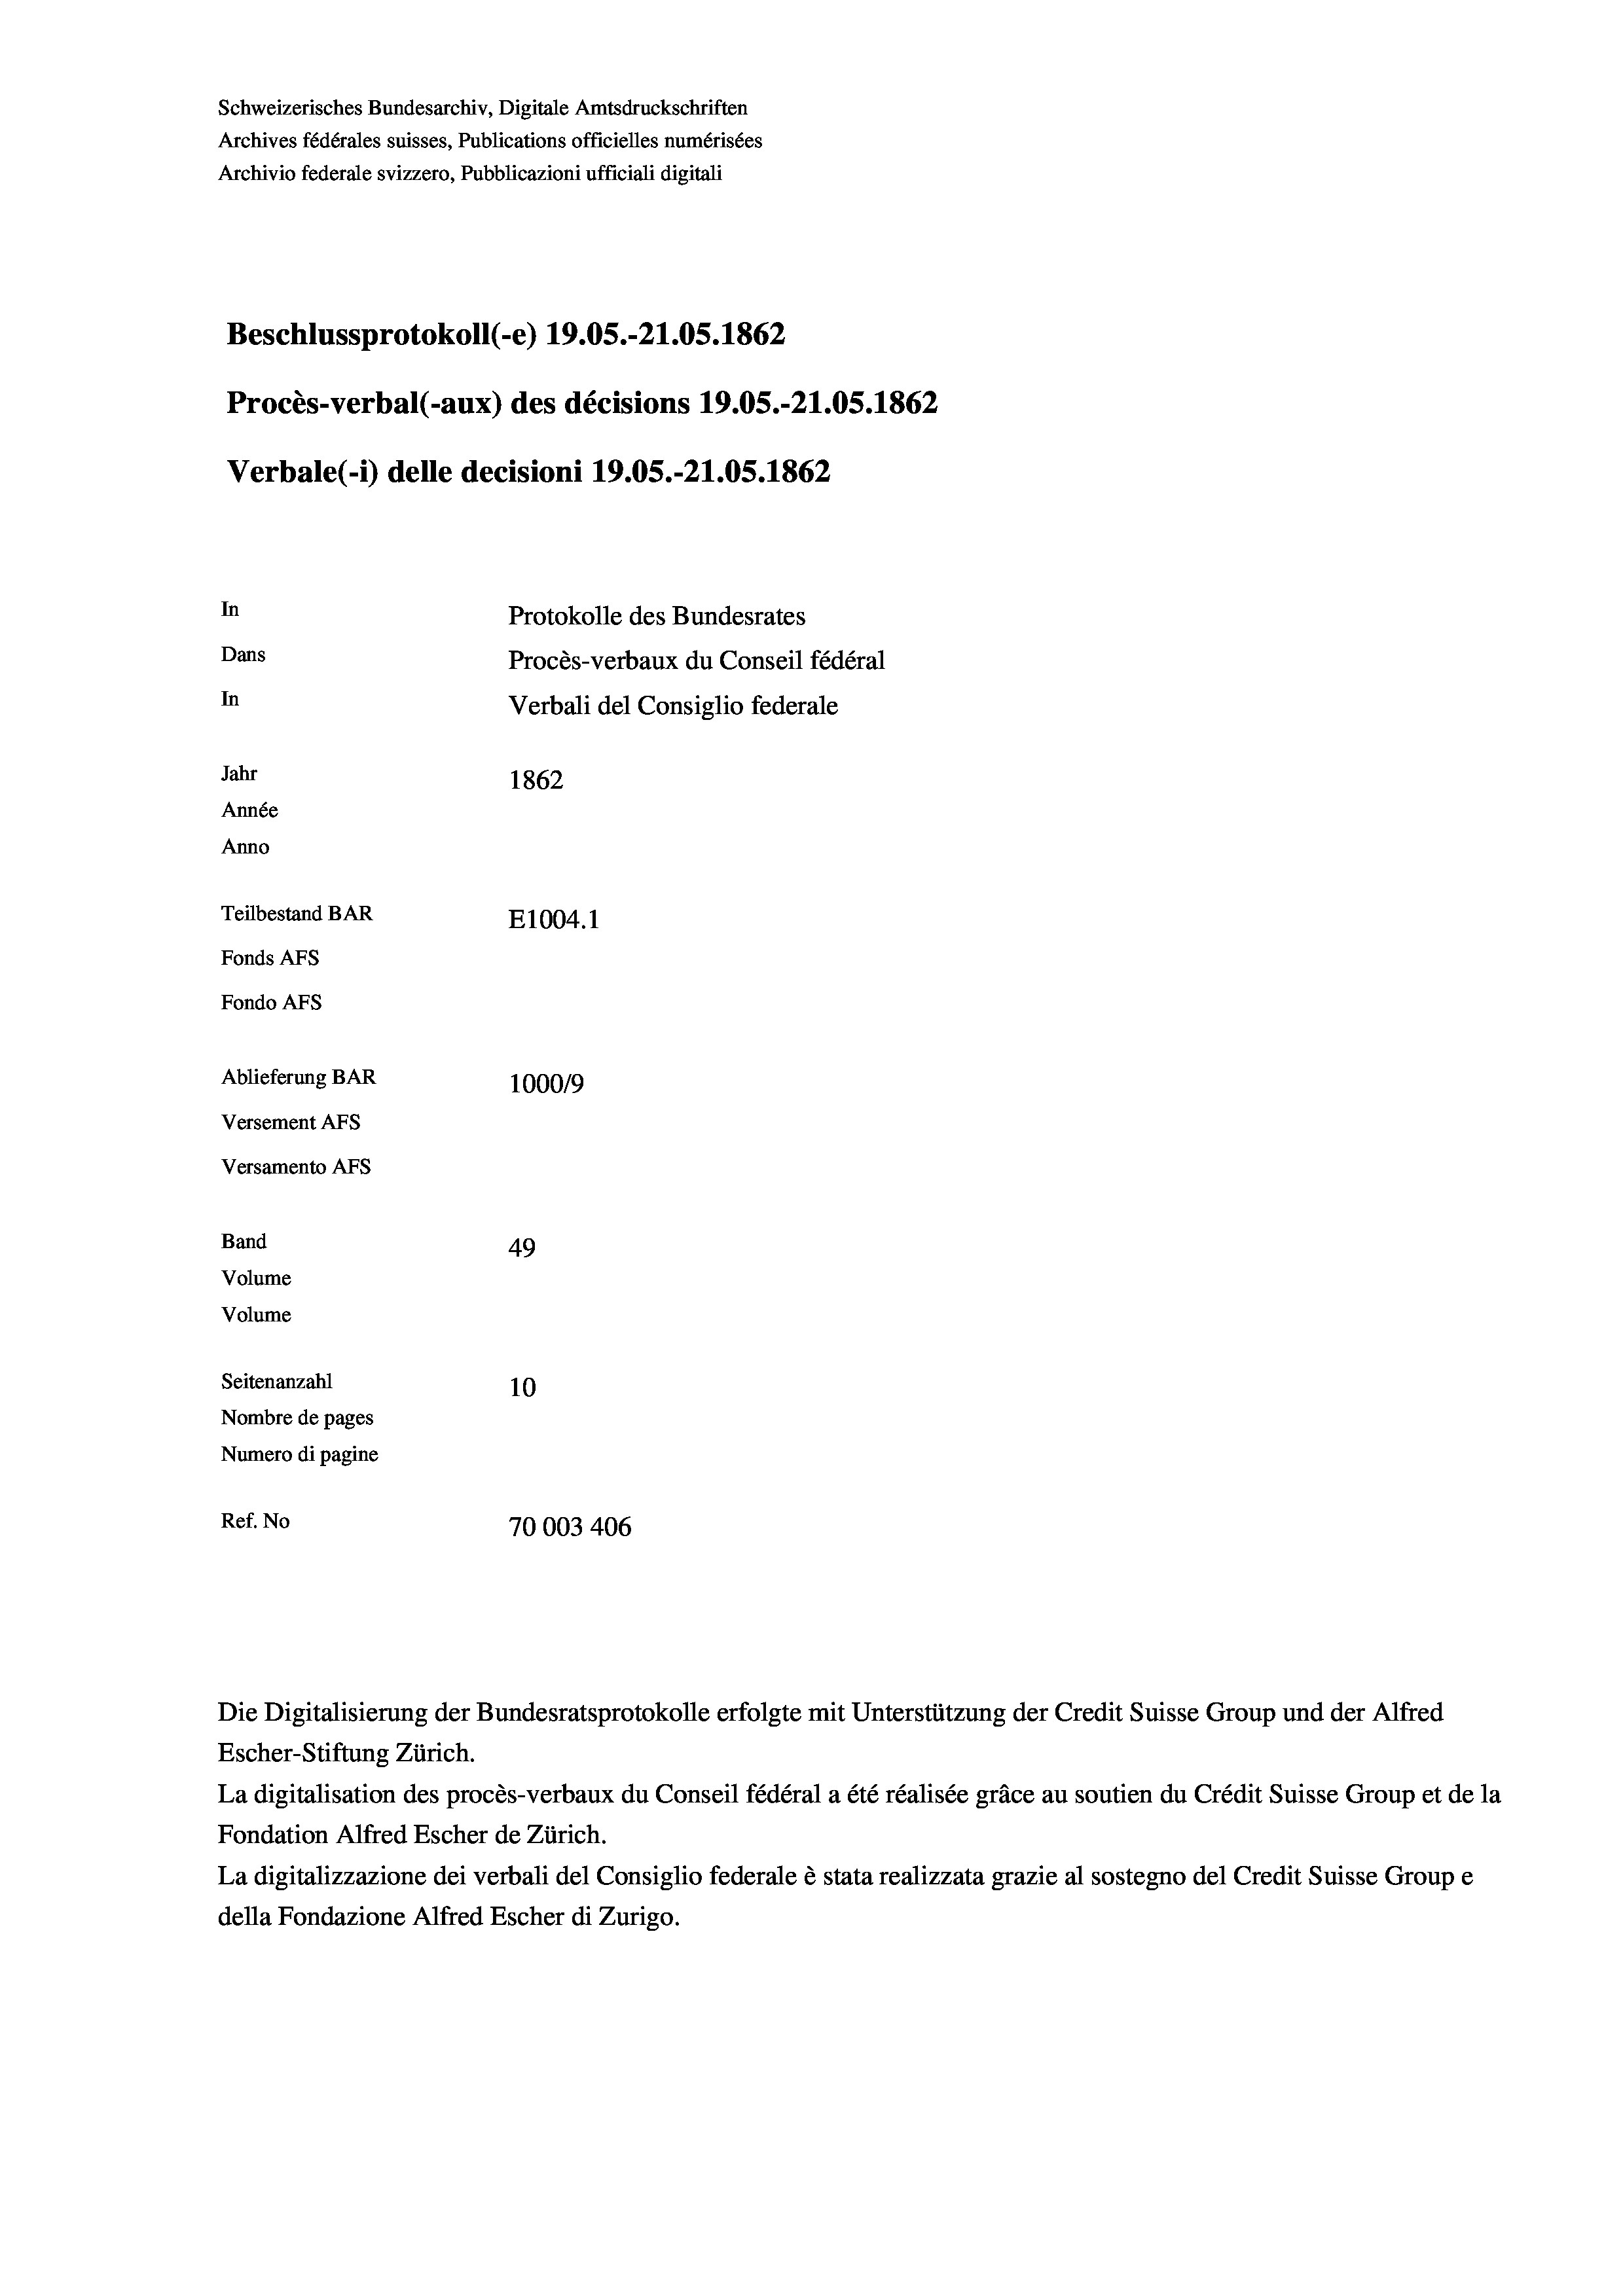
Schweizerisches Bundesarchiv, Digitale Amtsdruckschriften
Archives fédérales suisses, Publications officielles numérisées
Archivio federale svizzero, Pubblicazioni ufficiali digitali
Beschlussprotokoll (-e) 19.05.-21.05. 1862
Procès-verbal (-aux) des décisions 19.05.-21.05.1862
Verbale(-*) delle decisioni 19.05.-21.05. 1862
In
Protokolle des Bundesrates
Dans
Procès-verbaux du Conseil fédéral
In
Verbali del Consiglio federale
Jahr
1862
Année
Anno
Teilbestand BAR
E1004. 1
Fonds AFs
Fondo Afs
Ablieferung BAR
100019
Versement AFs
Versamento Afs

49
Seitenanzahl
10
Nombre de pages
Numero di pagine
Ref. No
70003406

Band
Volume
Volume

Escher-Stiftung Zürich.
La digitalisation des procès-verbaux du Conseil fédéral a été réalisée gräce au soutien du Crédit Suisse Group et de la
Fondation Alfred Escher de Zürich.
La digitalizzazione dei verbali del Consiglio federale è stata realizzata grazie al sostegno del Credit Suisse Groupe
della Fondazione Alfred Escher di Zurigo.

Die Digitalisierung der Bundesratsprotokolle erfolgte mit Unterstützung der Credit Suisse Group und der Alfred